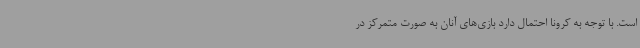
است. با توجه به کرونا احتمال دارد بازی‌های آنان به صورت متمرکز در